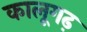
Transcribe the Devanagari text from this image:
कालूगढ़